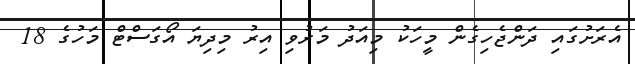
އެރަށުގައި ދަންޖެހިގެން މީހަކު މިއަދު މަރުވި އިރު މިދިޔަ އޯގަސްޓް މަހުގެ 18